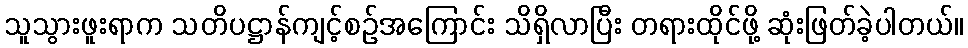
သူသွားဖူးရာက သတိပဋ္ဌာန်ကျင့်စဉ်အကြောင်း သိရှိလာပြီး တရားထိုင်ဖို့ ဆုံးဖြတ်ခဲ့ပါတယ်။